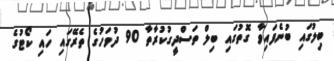
ބިލުގައި ބުނެފައިވާ ގޮތުގައި ބިލް ތަސްދީގުކުރާތާ 90 ދުވަހުގެ ތެރޭގައި ހައި ކޯޓުގެ